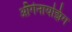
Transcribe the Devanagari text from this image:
ऑर्गनायझिंग